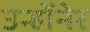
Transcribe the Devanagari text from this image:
उन्होंनेर